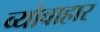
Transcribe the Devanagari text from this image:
व्योवाहार